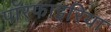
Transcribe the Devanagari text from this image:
पॉरफाइरिया